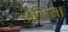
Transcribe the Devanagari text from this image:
डोसिया